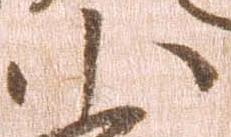
小